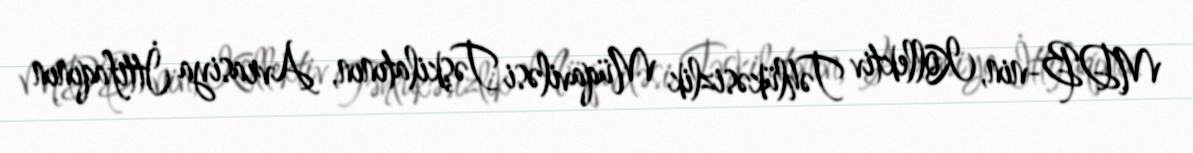
MDB-nin, Kollektiv Təhlükəsizlik Müqaviləsi Təşkilatının, Avrasiya İttifaqının